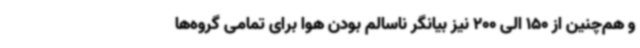
و هم‌چنین از 150 الی 200 نیز بیانگر ناسالم بودن هوا برای تمامی گروه‌ها